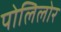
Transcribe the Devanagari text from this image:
पोलिलोर